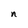
Character: n